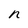
Character: n